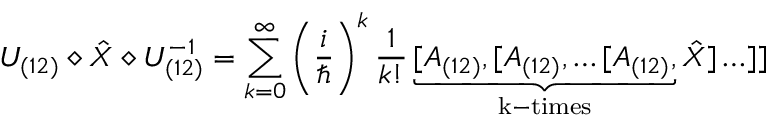
U _ { ( 1 2 ) } \diamond \hat { X } \diamond U _ { ( 1 2 ) } ^ { - 1 } = \sum _ { k = 0 } ^ { \infty } \left( \frac { i } { \hbar } \right) ^ { k } \frac { 1 } { k ! } \underbrace { [ A _ { ( 1 2 ) } , [ A _ { ( 1 2 ) } , \ldots [ A _ { ( 1 2 ) } , } _ { \mathrm { k - t i m e s } } \hat { X } ] \ldots ] ]